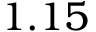
1 . 1 5